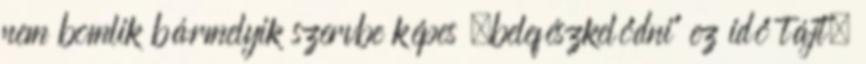
nem bomlik bármelyik szervbe képes „belefészkelődni” ez idő tájt,